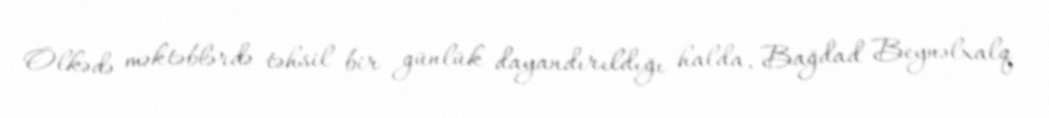
Ölkədə məktəblərdə təhsil bir günlük dayandırıldığı halda, Bağdad Beynəlxalq